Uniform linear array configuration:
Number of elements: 24
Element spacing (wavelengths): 0.75
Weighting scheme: kaiser
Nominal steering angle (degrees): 30
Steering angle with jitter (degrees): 28.002
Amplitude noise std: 0.05
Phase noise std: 0.05

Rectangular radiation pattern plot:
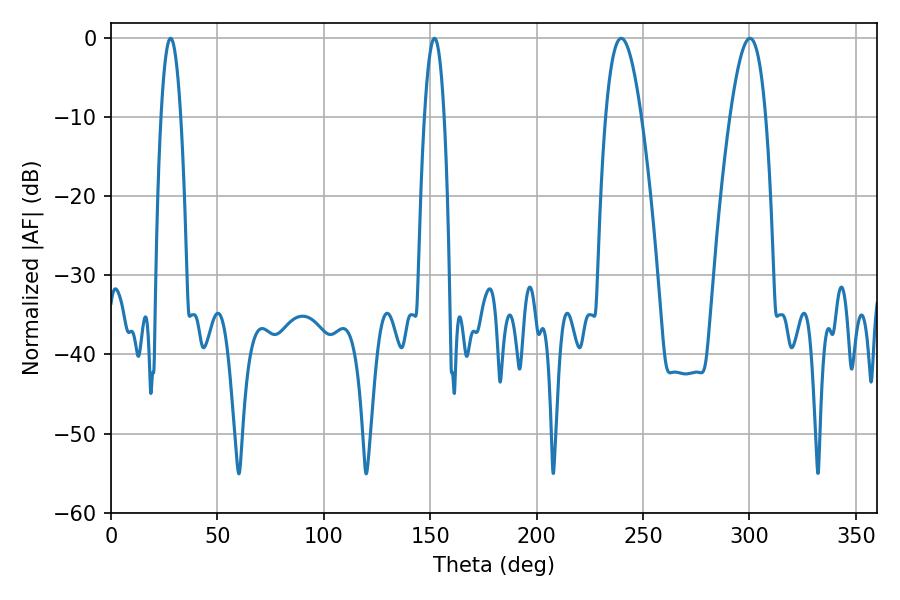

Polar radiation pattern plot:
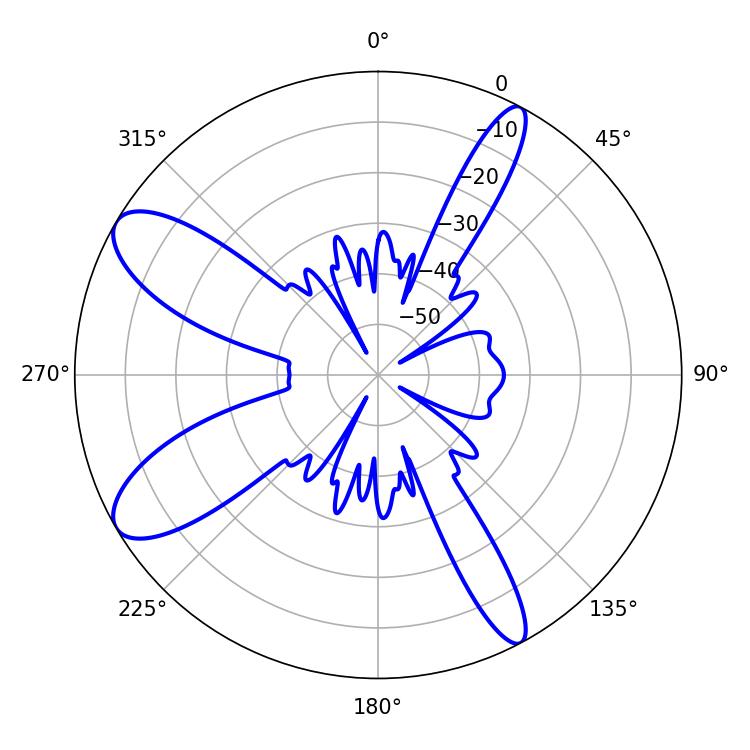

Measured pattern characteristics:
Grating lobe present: TRUE
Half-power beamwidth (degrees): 9.18
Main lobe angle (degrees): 239.76